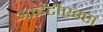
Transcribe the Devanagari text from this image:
आईटीएक्स